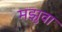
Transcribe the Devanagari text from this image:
मझुवा